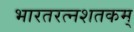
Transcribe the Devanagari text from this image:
भारतरत्नशतकम्